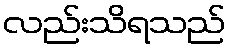
လည်းသိရသည်